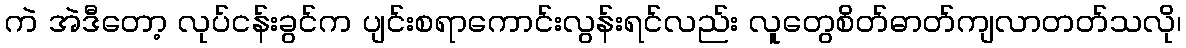
ကဲ အဲဒီတော့ လုပ်ငန်းခွင်က ပျင်းစရာကောင်းလွန်းရင်လည်း လူတွေစိတ်ဓာတ်ကျလာတတ်သလို၊